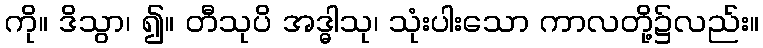
ကို။ ဒိသွာ၊ ၍။ တီသုပိ အဒ္ဓါသု၊ သုံးပါးသော ကာလတို့၌လည်း။